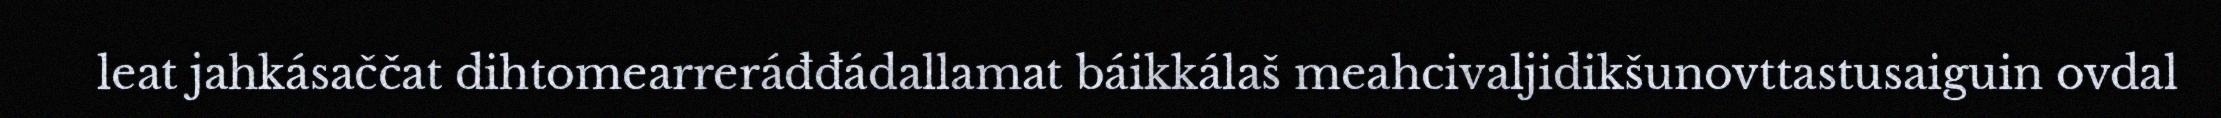
leat jahkásaččat dihtomearreráđđádallamat báikkálaš meahcivaljidikšunovttastusaiguin ovdal